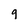
Character: 9